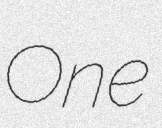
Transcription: One